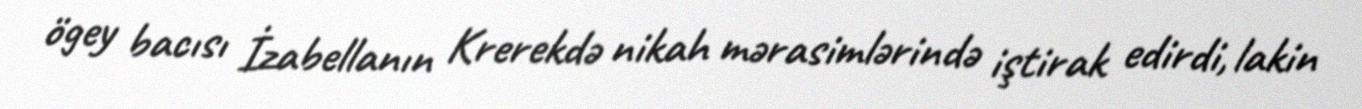
ögey bacısı İzabellanın Krerekdə nikah mərasimlərində iştirak edirdi, lakin